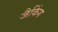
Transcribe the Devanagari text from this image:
जैकिंग